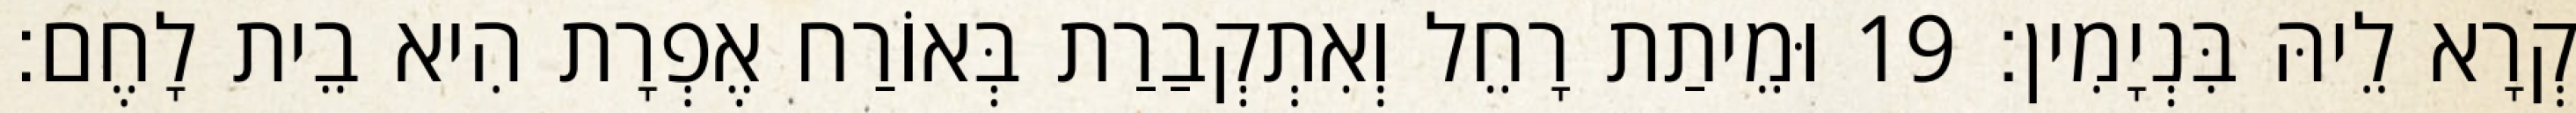
קְרָא לֵיהּ בִּנְיָמִין׃ 19 וּמֵיתַת רָחֵל וְאִתְקְבַרַת בְּאוֹרַח אֶפְרָת הִיא בֵית לָחֶם׃